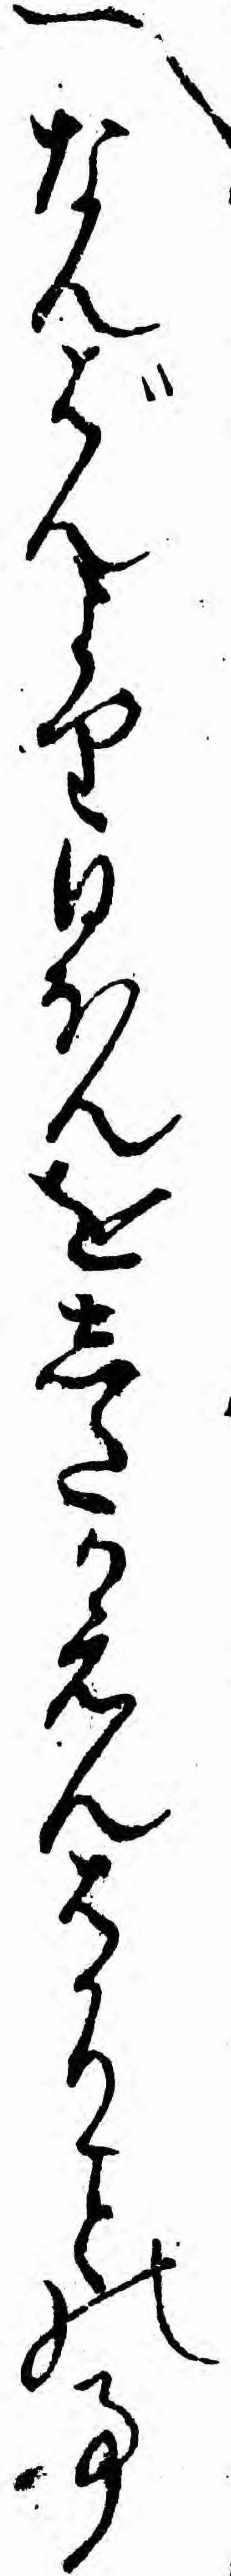
一なんばんより日ほんをしたかえんはかりの事